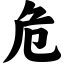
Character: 危